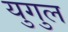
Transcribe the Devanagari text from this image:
युगुल